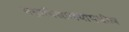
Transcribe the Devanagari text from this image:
महाविद्यालयामधील